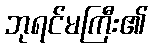
ဘုရင်မကြီး၏